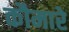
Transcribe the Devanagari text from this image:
कौमारे